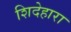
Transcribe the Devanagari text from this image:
शिदेहारा